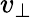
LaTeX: v_{\perp}